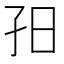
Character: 𡥌